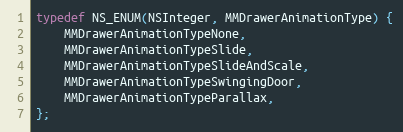
Language: C
typedef NS_ENUM(NSInteger, MMDrawerAnimationType) {
    MMDrawerAnimationTypeNone,
    MMDrawerAnimationTypeSlide,
    MMDrawerAnimationTypeSlideAndScale,
    MMDrawerAnimationTypeSwingingDoor,
    MMDrawerAnimationTypeParallax,
};